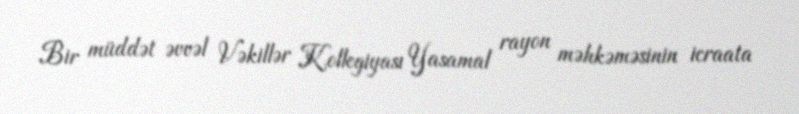
Bir müddət əvvəl Vəkillər Kollegiyası Yasamal rayon məhkəməsinin icraata